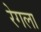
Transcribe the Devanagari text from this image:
रेगला